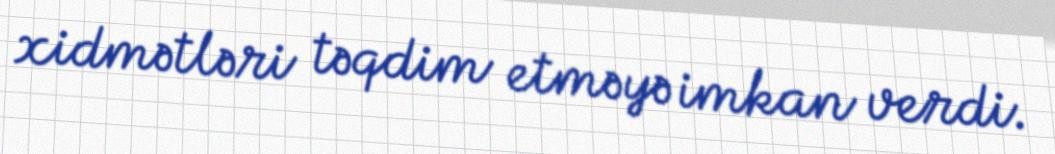
xidmətləri təqdim etməyə imkan verdi.